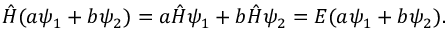
{ \hat { H } } ( a \psi _ { 1 } + b \psi _ { 2 } ) = a { \hat { H } } \psi _ { 1 } + b { \hat { H } } \psi _ { 2 } = E ( a \psi _ { 1 } + b \psi _ { 2 } ) .